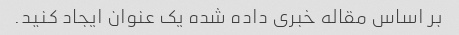
بر اساس مقاله خبری داده شده یک عنوان ایجاد کنید.